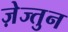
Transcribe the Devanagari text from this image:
ज़ेज्तुन